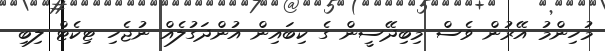
މުހިންމު އޭރުން ވެސް މިިބިދޭސީން ގެ ކިބައިން އުންދަގުލެއް ނުޖެހި ޓިކެޓް ލިބި